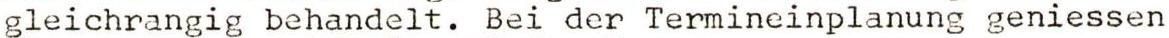
gleichrangig behandelt. Bei der Termineinplanung geniessen